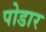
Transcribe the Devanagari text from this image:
पोडार